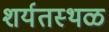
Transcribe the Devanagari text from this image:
शर्यतस्थळ